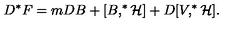
D ^ { * } F = m D B + [ B , ^ { * } { \cal H ] } + D [ V , ^ { * } { \cal H } ] .